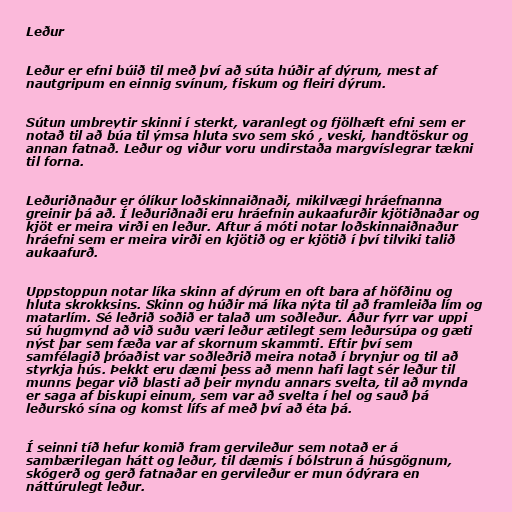
Leður

Leður er efni búið til með því að súta húðir af dýrum, mest af
nautgripum en einnig svínum, fiskum og fleiri dýrum.

Sútun umbreytir skinni í sterkt, varanlegt og fjölhæft efni sem er
notað til að búa til ýmsa hluta svo sem skó , veski, handtöskur og
annan fatnað. Leður og viður voru undirstaða margvíslegrar tækni
til forna.

Leðuriðnaður er ólíkur loðskinnaiðnaði, mikilvægi hráefnanna
greinir þá að. Í leðuriðnaði eru hráefnin aukaafurðir kjötiðnaðar og
kjöt er meira virði en leður. Aftur á móti notar loðskinnaiðnaður
hráefni sem er meira virði en kjötið og er kjötið í því tilviki talið
aukaafurð.

Uppstoppun notar líka skinn af dýrum en oft bara af höfðinu og
hluta skrokksins. Skinn og húðir má líka nýta til að framleiða lím og
matarlím. Sé leðrið soðið er talað um soðleður. Áður fyrr var uppi
sú hugmynd að við suðu væri leður ætilegt sem leðursúpa og gæti
nýst þar sem fæða var af skornum skammti. Eftir því sem
samfélagið þróaðist var soðleðrið meira notað í brynjur og til að
styrkja hús. Þekkt eru dæmi þess að menn hafi lagt sér leður til
munns þegar við blasti að þeir myndu annars svelta, til að mynda
er saga af biskupi einum, sem var að svelta í hel og sauð þá
leðurskó sína og komst lífs af með því að éta þá.

Í seinni tíð hefur komið fram gervileður sem notað er á
sambærilegan hátt og leður, til dæmis í bólstrun á húsgögnum,
skógerð og gerð fatnaðar en gervileður er mun ódýrara en
náttúrulegt leður.